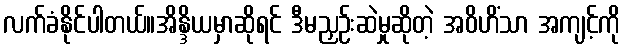
လက်ခံနိုင်ပါတယ်။အိန္ဒိယမှာဆိုရင် ဒီမညှဉ်းဆဲမှုဆိုတဲ့ အဝိဟိံသာ အကျင့်ကို